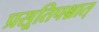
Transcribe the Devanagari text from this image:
प्रसूतिपश्चात्